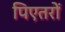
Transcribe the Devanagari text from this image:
पिएतरों